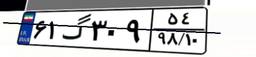
۶۱گ۳۰۹۵۴